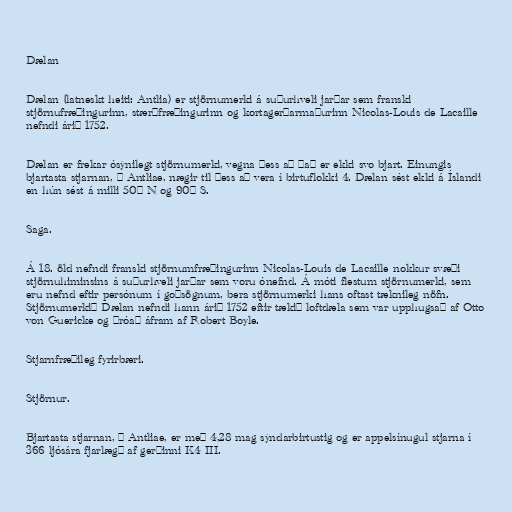
Dælan

Dælan (latneskt heiti: Antlia) er stjörnumerki á suðurhveli jarðar sem franski
stjörnufræðingurinn, stærðfræðingurinn og kortagerðarmaðurinn Nicolas-Louis de Lacaille
nefndi árið 1752.

Dælan er frekar ósýnilegt stjörnumerki, vegna þess að það er ekki svo bjart. Einungis
bjartasta stjarnan, α Antliae, nægir til þess að vera í birtuflokki 4. Dælan sést ekki á Íslandi
en hún sést á milli 50° N og 90° S.

Saga.

Á 18. öld nefndi franski stjörnumfræðingurinn Nicolas-Louis de Lacaille nokkur svæði
stjörnuhiminsins á suðurhveli jarðar sem voru ónefnd. Á móti flestum stjörnumerki, sem
eru nefnd eftir persónum í goðsögnum, bera stjörnumerki hans oftast tæknileg nöfn.
Stjörnumerkið Dælan nefndi hann árið 1752 eftir tækið loftdæla sem var upphugsað af Otto
von Guericke og þróað áfram af Robert Boyle.

Stjarnfræðileg fyrirbæri.

Stjörnur.

Bjartasta stjarnan, α Antliae, er með 4,28 mag sýndarbirtustig og er appelsínugul stjarna í
366 ljósára fjarlægð af gerðinni K4 III.